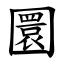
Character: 圜